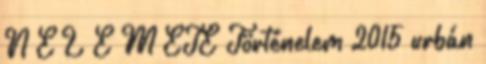
N E L E M ETE Történelem 2015 urbán